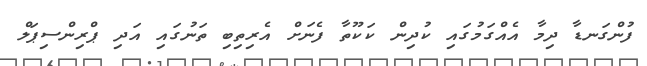
ފުންގަނޑާ ދިމާ އެއްގަމުގައި ކުދިން ކަކޫތާ ފެނަށް އެރިތިބި ތަނުގައި އަދި ޕްރިންސިޕަލް